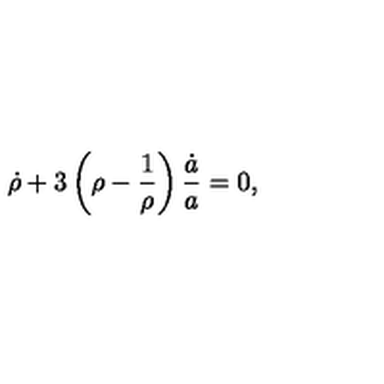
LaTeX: \dot { \rho } + 3 \left( \rho - \frac 1 { \rho } \right) \frac { \dot { a } } { a } = 0 ,